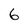
Character: 6